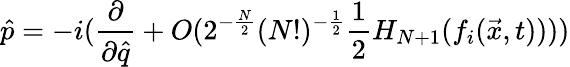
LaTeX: \hat{p}=-i(\frac{\partial}{\partial\hat{q}}+O(2^{-\frac{N}{2}}(N!)^{-\frac{1}{2}}\frac{1}{2}H_{N+1}(f_{i}(\vec{x},t))))